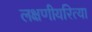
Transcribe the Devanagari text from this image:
लक्षणीयरित्या